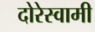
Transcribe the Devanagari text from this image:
दोरेस्वामी